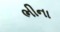
ભીના